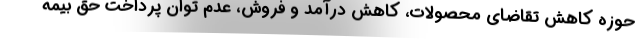
حوزه کاهش تقاضای محصولات، کاهش درآمد و فروش، عدم توان پرداخت حق بیمه